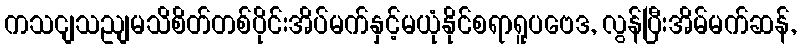
ကသငျသညျမသိစိတ်တစ်ပိုင်းအိပ်မက်နှင့်မယုံနိုင်စရာရူပဗေဒ, လွန်ပြီးအိမ်မက်ဆန်,